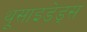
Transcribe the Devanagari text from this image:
थूसाइडेड्स